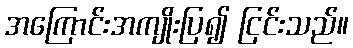
အကြောင်းအကျိုးပြ၍ ငြင်းသည်။